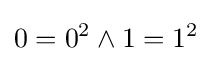
0=0^{2}\land 1=1^{2}